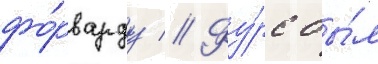
фо́рварду // Фу́рс бы́л